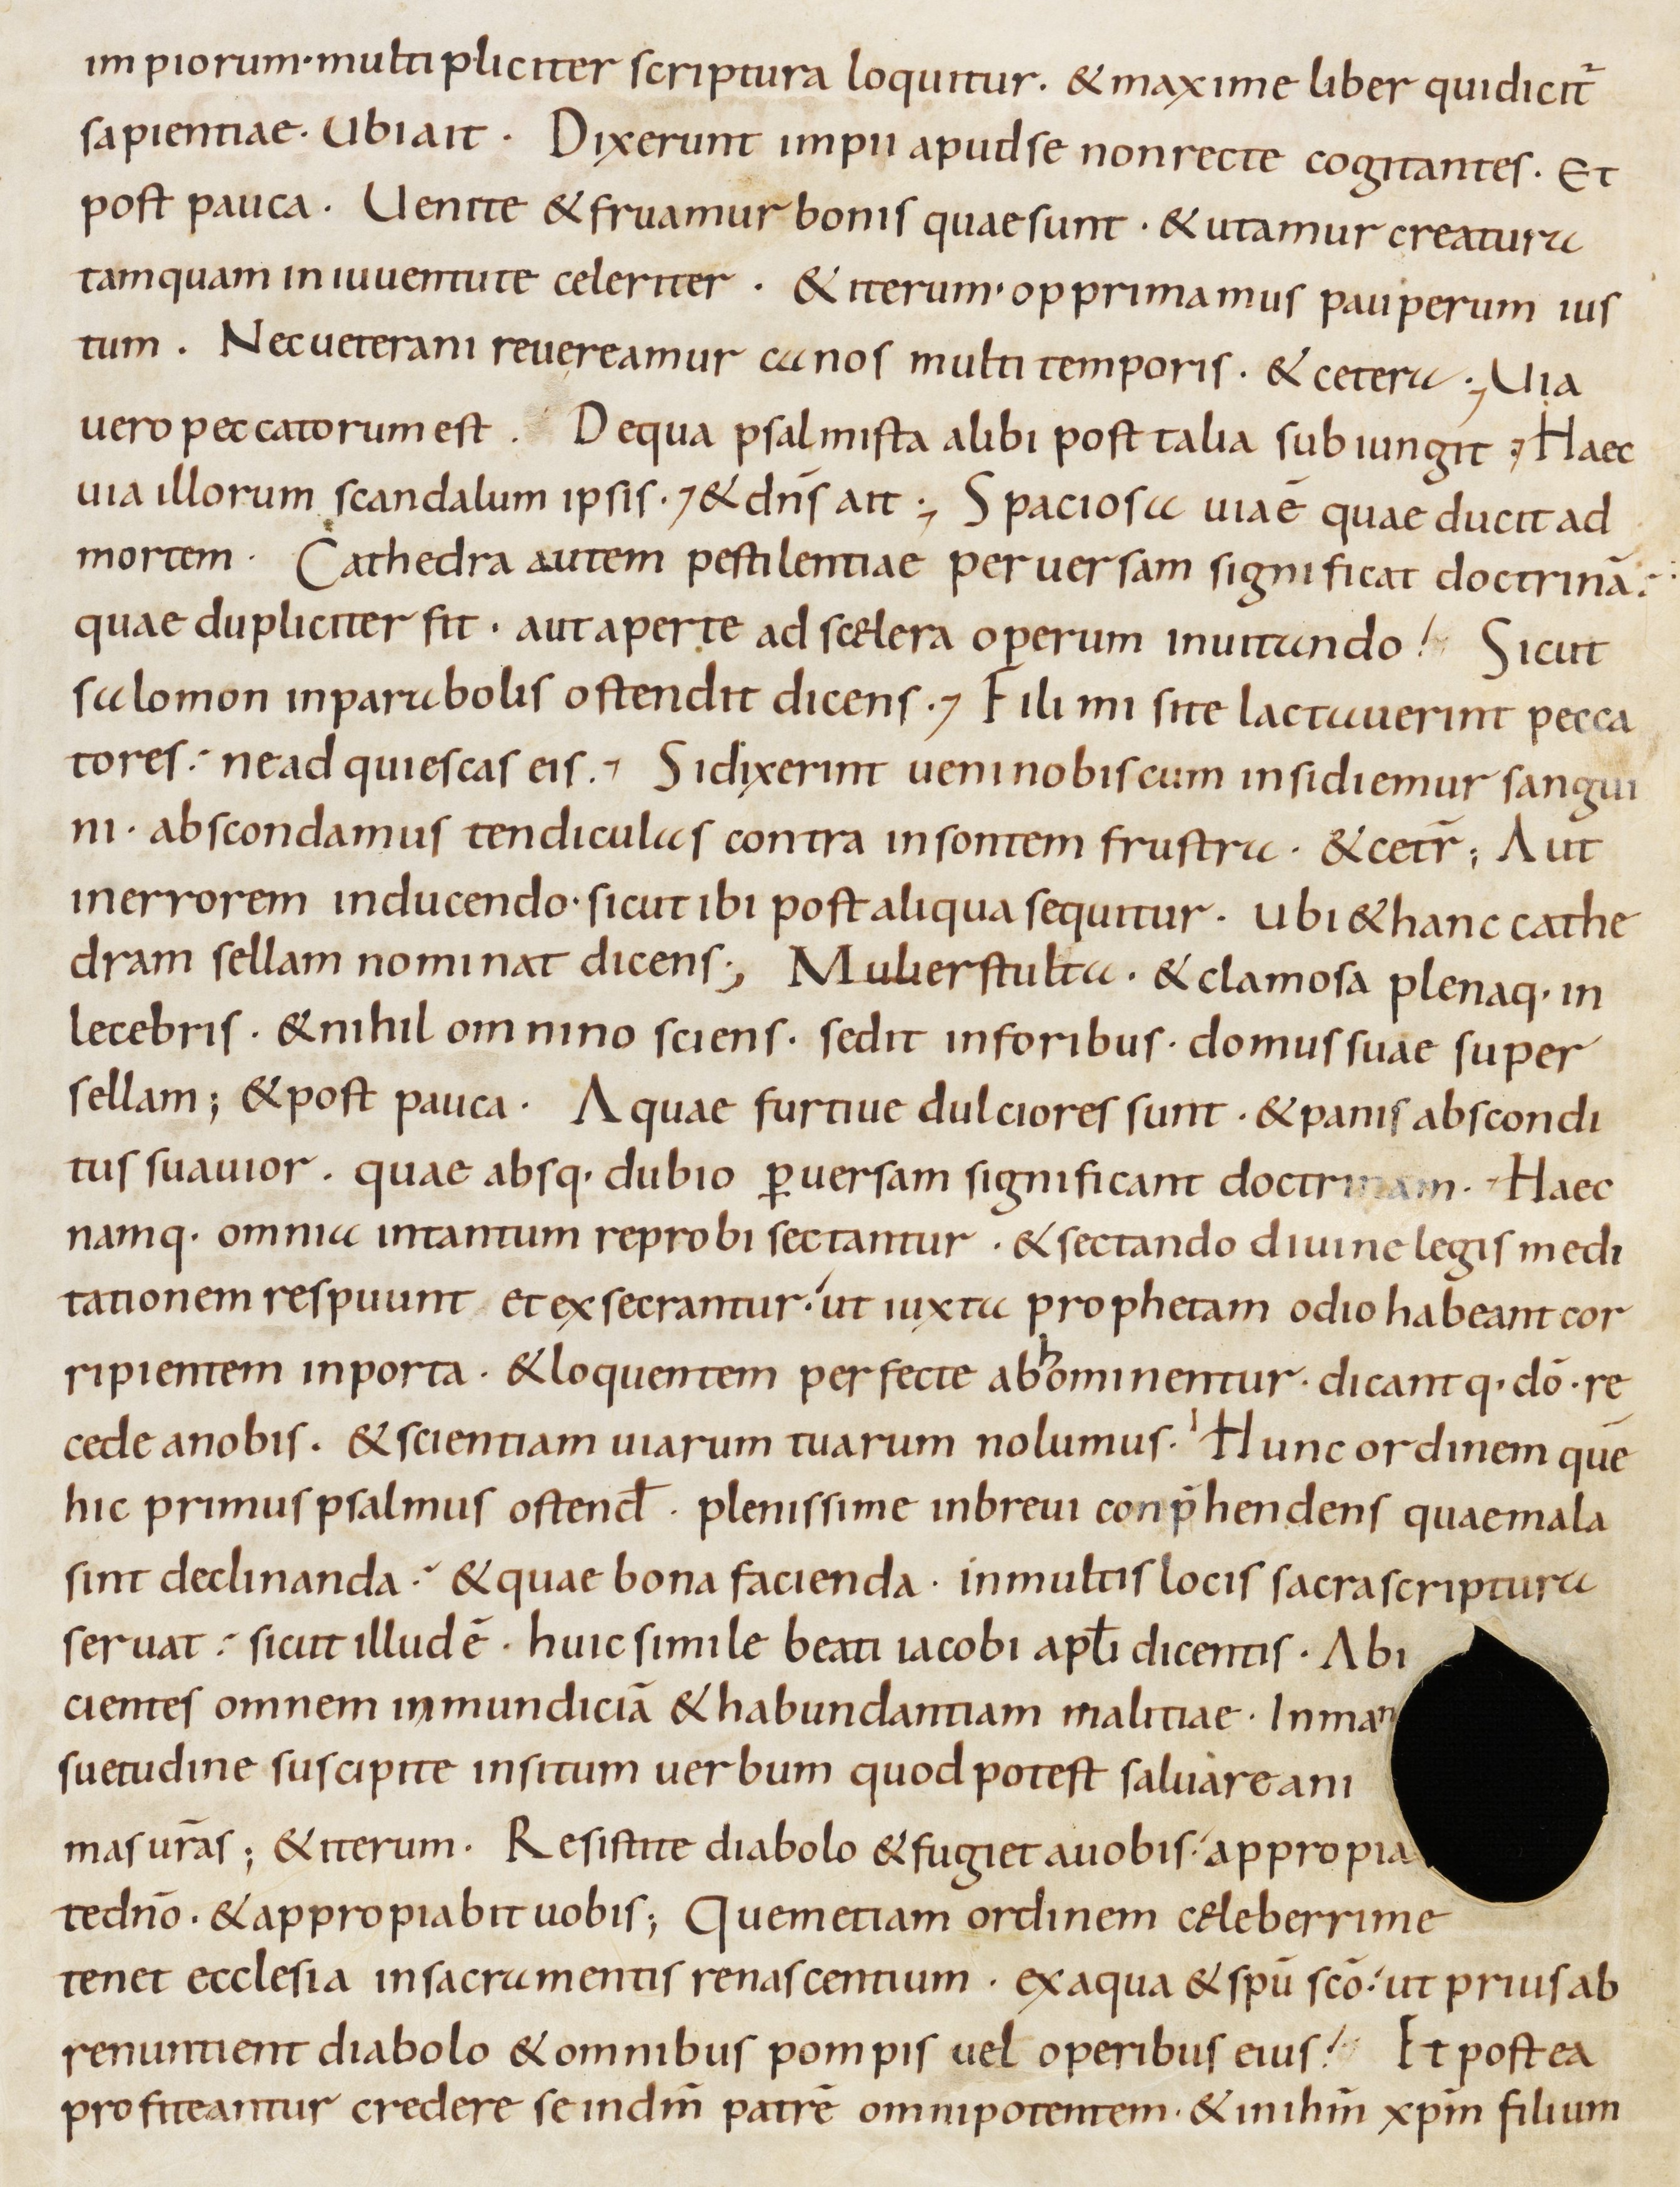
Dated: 800–899